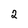
Character: 2